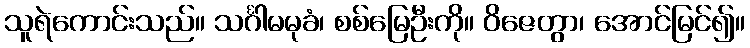
သူရဲကောင်းသည်။ သင်္ဂါမမုခံ၊ စစ်မြေဦးကို။ ဝိဇေတွာ၊ အောင်မြင်၍။